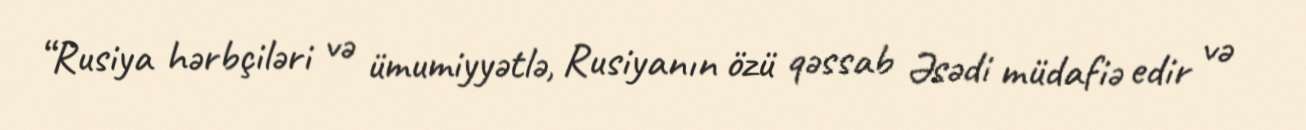
“Rusiya hərbçiləri və ümumiyyətlə, Rusiyanın özü qəssab Əsədi müdafiə edir və